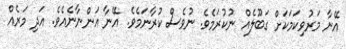
އޭނާ މަރުވިކަމަކަށް ގަބޫލެއް ނުކުރަމެވެ. ނުވެސް ކުރާނަމެވެ. އޭނާ އަންނާނެއެވެ. އަދި މަރެއް